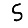
Digit: 5